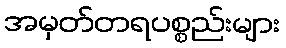
အမှတ်တရပစ္စည်းများ